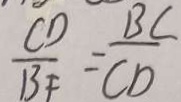
\frac { C D } { B F } = \frac { B C } { C D }